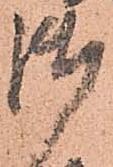
御